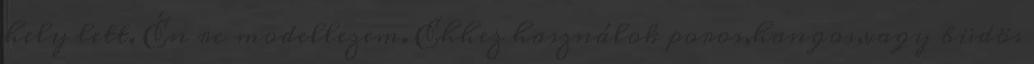
hely lett. Én rc modellezem. Ehhez használok poros,hangos,vagy büdös